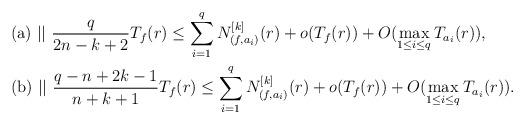
LaTeX: \begin{align*}&\mathrm{(a)}\ || \ \dfrac {q}{2n-k+2}T_f(r) \le \sum_{i=1}^q N_{(f,a_i)}^{[k]}(r) + o(T_f(r)) + O(\max_{1\le i \le q}T_{a_i}(r)),\\&\mathrm{(b)}\ || \ \dfrac {q-n+2k-1}{n+k+1}T_f(r) \le \sum_{i=1}^q N_{(f,a_i)}^{[k]}(r) + o(T_f(r)) + O(\max_{1\le i \le q}T_{a_i}(r)).\end{align*}